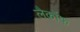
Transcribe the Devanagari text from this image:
लैकॉफ